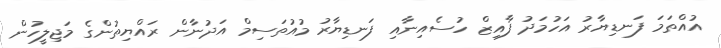
އުއްތަމަ ފަނޑިޔާރު އަހުމަދު ފާއިޒް ހުސެއިނާއި ފަނޑިޔާރު މުއުތަސިމް އަދުނާން ރައްޔިތުންގެ މަޖިލީހުން